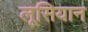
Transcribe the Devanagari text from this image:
लूसियान